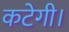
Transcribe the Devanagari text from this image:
कटेगी।